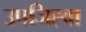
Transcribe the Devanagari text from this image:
उपजिह्वा